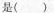
的是（ ）